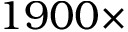
1 9 0 0 \times